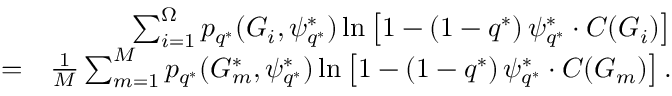
\begin{array} { r l r } & { } & { \sum _ { i = 1 } ^ { \Omega } p _ { q ^ { * } } ( G _ { i } , \psi _ { q ^ { * } } ^ { * } ) \ln \left[ 1 - ( 1 - q ^ { * } ) \, \psi _ { q ^ { * } } ^ { * } \cdot C ( G _ { i } ) \right] } \\ & { = } & { \frac { 1 } { M } \sum _ { m = 1 } ^ { M } p _ { q ^ { * } } ( G _ { m } ^ { * } , \psi _ { q ^ { * } } ^ { * } ) \ln \left[ 1 - ( 1 - q ^ { * } ) \, \psi _ { q ^ { * } } ^ { * } \cdot C ( G _ { m } ) \right] . } \end{array}